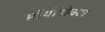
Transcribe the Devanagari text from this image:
ऑर्थोडोक्स